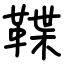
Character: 鞢